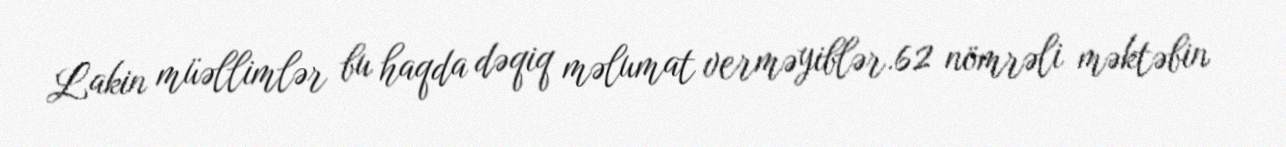
Lakin müəllimlər bu haqda dəqiq məlumat verməyiblər.62 nömrəli məktəbin